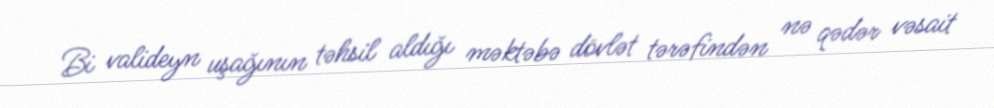
Bi valideyn uşağının təhsil aldığı məktəbə dövlət tərəfindən nə qədər vəsait